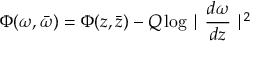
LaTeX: \Phi ( \omega , \bar { \omega } ) = \Phi ( z , \bar { z } ) - Q \log \mid \frac { d \omega } { d z } \mid ^ { 2 }